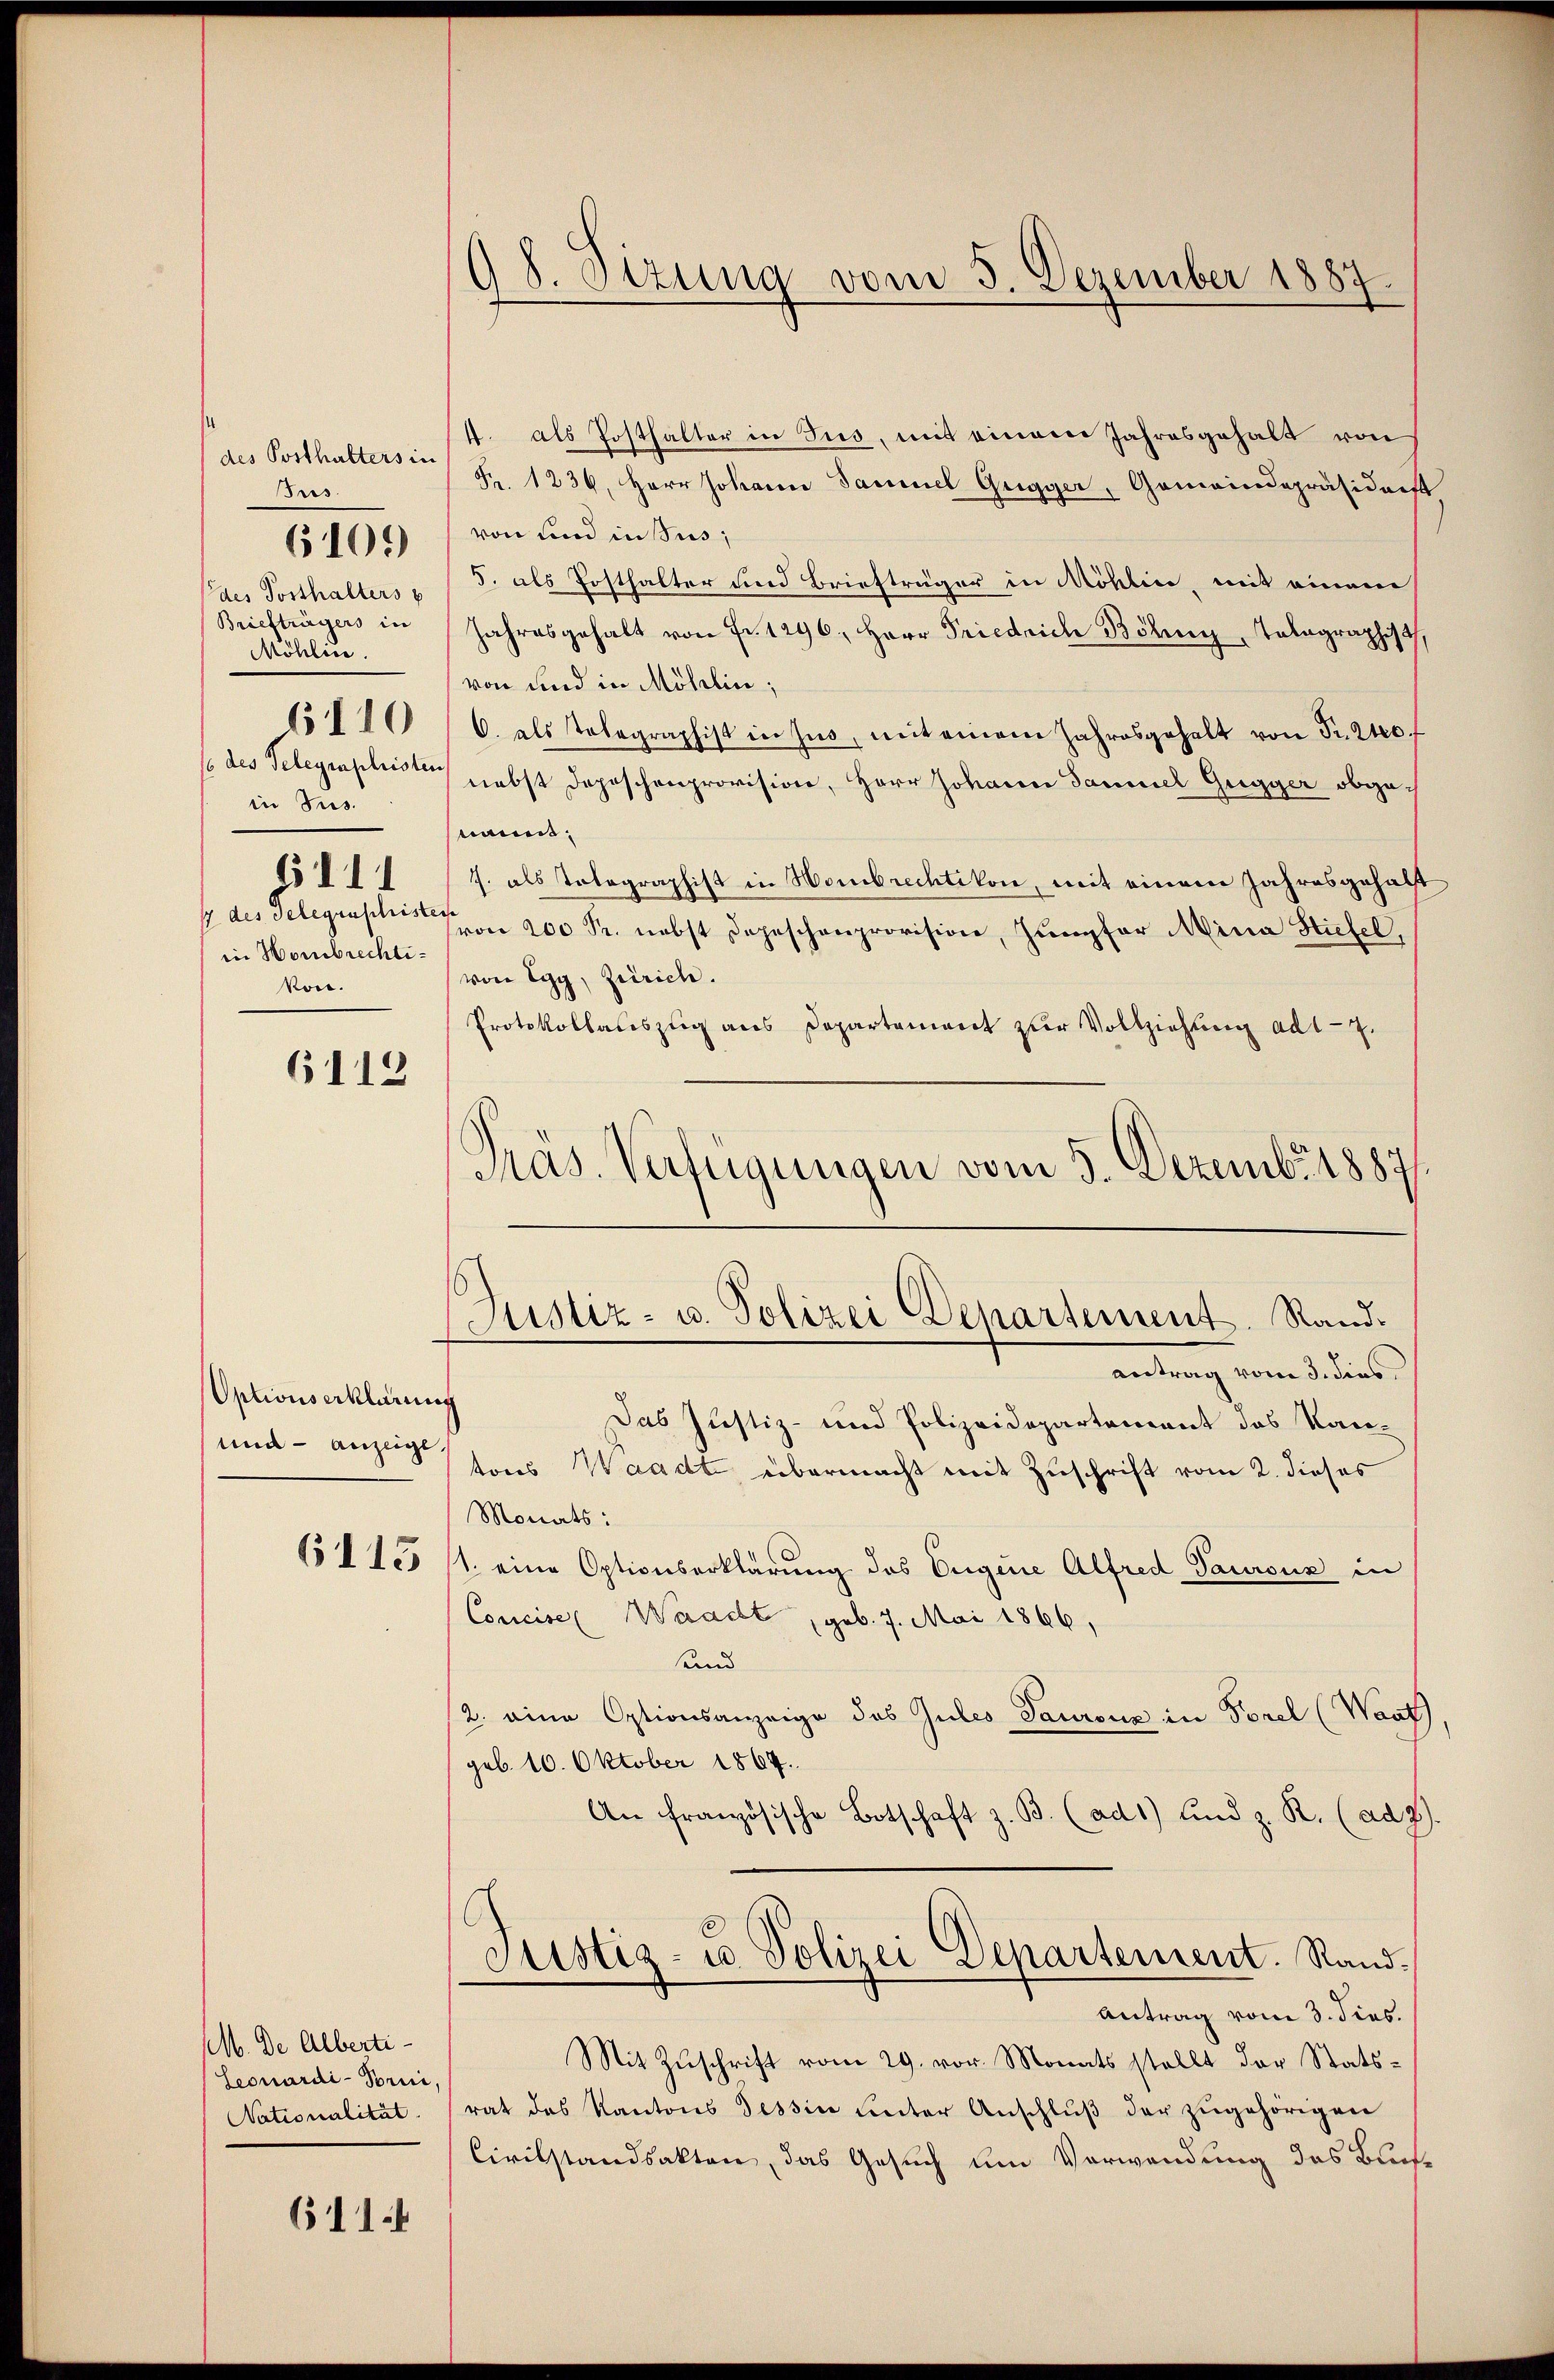
s
des Posthalters in
Bris.
ddes Posthalters p
Briefträgers in
Möhlin.
110
in Sus.
s . . .
in Hombrechtikon.

6101)

6112

Optionserklärung
und - anzeige,

M. De Alberti¬
Seonardi-Pori,
Nationalität.

6114

98. Sizung vom 5. Dezember 1887.

4. als Posthalter in Tus, mit einem Jahresgehalt von
Fr. 1236. Herr Johann Sammel Gugger, Gemeindepräsidarst
von und in sus;
5. als Posthalter und Briefträger in Möhlin mit einem
Jahresgehalt von Fr. 1296., Herr Friedrich Böhinz, Tolographist,
von und in Möhlin,
C. als Telegraphist in Zŭs, mit einem Jahresgehalt von Fr. 210 f
/ des Telegraphister nebst Depeschenprovision, Herr Johann Samuel Gugger obgenannt:
J. als Tolographist in Hombrechtikon, mit einem Jahresgehalt
 des Telegrastens 200 Fr. nebst Depeschenprovision, Jungfer Mina Stiefel,
von Egg, Zürich.
Protokollauszug aus Departement zur Vollziehung ad 17.
Pras. Verfügungen vom 5. Dezembr. 1887

Justiz- u. Polizei Departement. Rand¬

antrag vom 3. dies
Das Justiz- und Polizeidepartement des Kantons Waadt, übermacht mit Zuschrift vom 2. dieses
Monats:
6 f 15 (1. eine Optionserklärung des Eugene Alfred Taursus in
Concise (Waacht, geb. 7. Mai 1866,
und
2. eine Optionsanzeige des Gutes Saurenz in Forel (Want,
geb. 10. Oktober 1864.
An französische Botschaft z. B. (ad 1) und z. R. (ad 2).
Justiz- u. Polizei Departement. Rand.
Antrag vom 3. dies.
Mit Zŭschrift vom 29. vor. Monats stellt der Stats-
rat des Kantons Tessin unter Anschluß der zugehörigen
Civilstandsakten, das Gesuch um Verwendung des Buch¬